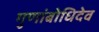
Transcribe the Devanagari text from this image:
गुणांबोधिदेव